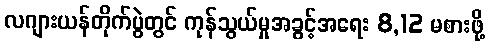
လဂျားယန်တိုက်ပွဲတွင် ကုန်သွယ်မှုအခွင့်အရေး 8,12 မစားဖို့